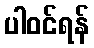
ပါဝင်ရန်